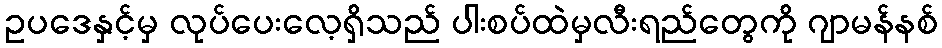
ဥပဒေနှင့်မှ လုပ်ပေးလေ့ရှိသည် ပါးစပ်ထဲမှလီးရည်တွေကို ဂျာမန်နစ်